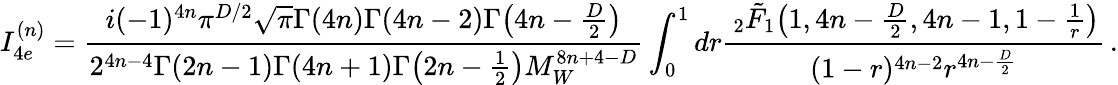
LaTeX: I_{4e}^{(n)}=\frac{i(-1)^{4n}\pi^{D/2}\sqrt{\pi}\Gamma(4n)\Gamma(4n-2)\Gamma\big(4n-\frac{D}{2}\big)}{2^{4n-4}\Gamma(2n-1)\Gamma(4n+1)\Gamma\big(2n-\frac{1}{2}\big)M_{W}^{8n+4-D}}\int_{0}^{1}dr\frac{\, _{2}\tilde{F}_{1}\big(1,4n-\frac{D}{2},4n-1,1-\frac{1}{r}\big)}{(1-r)^{4n-2}r^{4n-\frac{D}{2}}}\, .